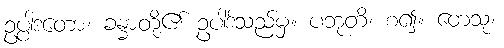
ဥပ္ပါဒတော၊ ခန္ဓာတို့၏ ဥပါဒ်သည်မှ။ ပဘုတိ၊ စ၍။ တေသု၊